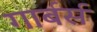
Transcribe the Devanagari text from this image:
गार्बर्स